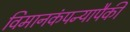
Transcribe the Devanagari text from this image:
विमानकंपन्यापैकी